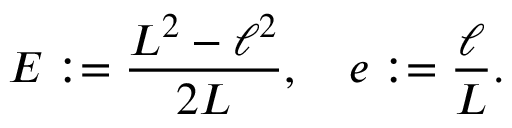
E : = \frac { L ^ { 2 } - \ell ^ { 2 } } { 2 L } , \quad e : = \frac { \ell } { L } .